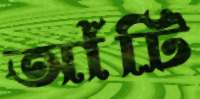
আঁটি